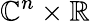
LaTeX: \mathbb{C}^{n}\times\mathbb{R}